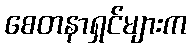
စေတနာရှင်များက